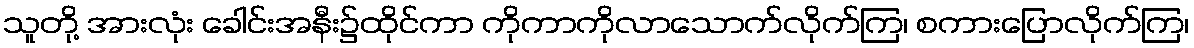
သူတို့ အားလုံး ခေါင်းအနီး၌ထိုင်ကာ ကိုကာကိုလာသောက်လိုက်ကြ၊ စကားပြောလိုက်ကြ၊